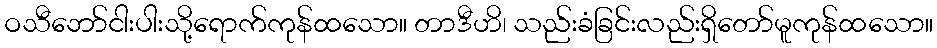
ဝသီဘော်ငါးပါးသို့ရောက်ကုန်ထသော။ တာဒီဟိ၊ သည်းခံခြင်းလည်းရှိတော်မူကုန်ထသော။